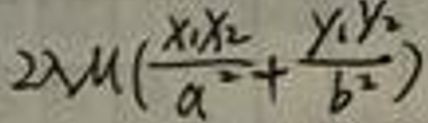
\(2 \lambda M ( \frac { x _ { 1 } x _ { 2 } } { a ^ { 2 } } + \frac { y _ { 1 } y _ {2 } } { b ^ { 2 } } )\)